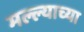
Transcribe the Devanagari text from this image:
मल्ल्याच्या